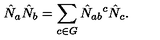
\hat { N } _ { a } \hat { N } _ { b } = \sum _ { c \in G } \hat { N } _ { a b } { } ^ { c } \hat { N } _ { c } .